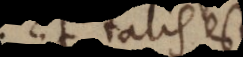
Et talis est